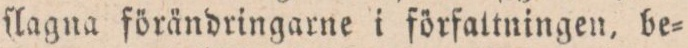
ſlagna förändringarne i författningen, be=